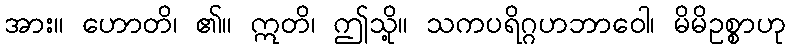
အား။ ဟောတိ၊ ၏။ ဣတိ၊ ဤသို့။ သကပရိဂ္ဂဟဘာဝေါ၊ မိမိဥစ္စာဟု